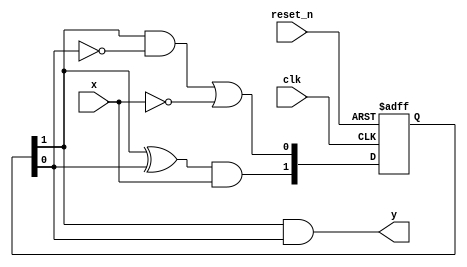
`timescale 1ns / 1ps
//////////////////////////////////////////////////////////////////////////////////
// Company: 
// Engineer: 
// 
// Design Name: 
// Module Name: moore_011_detector
// Project Name: 
// Target Devices: 
// Tool Versions: 
// Description: 
// 
// Dependencies: 
// 
// Revision:
// Revision 0.01 - File Created
// Additional Comments:
// 
//////////////////////////////////////////////////////////////////////////////////


module moore_011_detector(
    input clk,
    input reset_n,
    input x,
    output y
    );
    
    reg [1:0] state_reg, state_next;
    
    // State register
    always @(posedge clk, negedge reset_n)
    begin
        if (~reset_n)
            state_reg <= 'b0;
        else
            state_reg <= state_next;
    end
    
    // Next state logic
    always @(*)
    begin
        state_next[1] = (state_reg[1] ^ state_reg[0]) & x;
        state_next[0] = (state_reg[1] & ~state_reg[0]) | ~x;
    end
    
    // Output logic
    assign y = state_reg[1] & state_reg[0];
endmodule